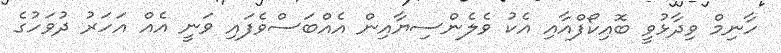
ހާނިމް ވިދާޅުވީ ބޮއިކޯފްއާއި އެކު ވެލެންސިޔާއިން އެއްބަސްވެފައި ވަނީ އެއް އަހަރު ދުވަހުގެ